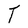
Character: T